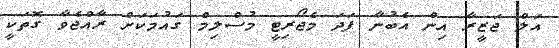
އަލް ޖަޒީރާ އިން އެބުނާ ފަދަ މެޖޯރިޓީ މުސްލިމް ގައުމަކަށް ރާއްޖެވާ ގޮތަކީ